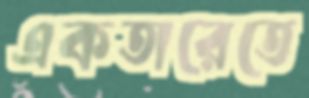
একতারেতে